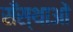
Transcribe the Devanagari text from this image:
सँस्थाओं